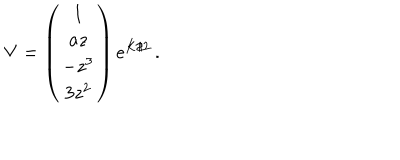
V = \left( \begin{array} { c } { { 1 } } \\ { { a z } } \\ { { - z ^ { 3 } } } \\ { { 3 z ^ { 2 } } } \\ \end{array} \right) e ^ { K / 2 } \, .